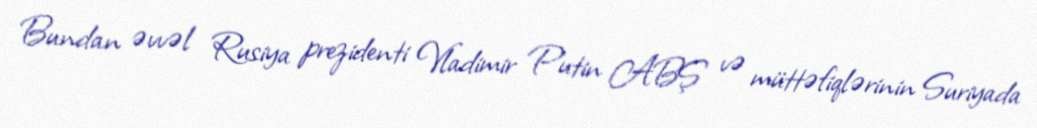
Bundan əvvəl Rusiya prezidenti Vladimir Putin ABŞ və müttəfiqlərinin Suriyada